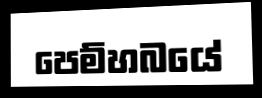
පෙම්හබයේ